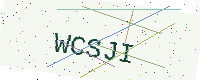
Text: WCSJI